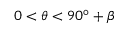
0 < \theta < 9 0 ^ { \circ } + \beta